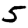
Digit: 5